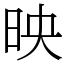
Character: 映